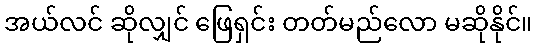
အယ်လင် ဆိုလျှင် ဖြေရှင်း တတ်မည်လော မဆိုနိုင်။